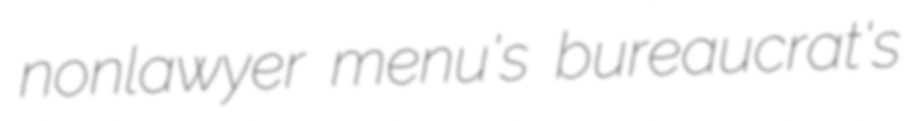
nonlawyer menu's bureaucrat's